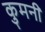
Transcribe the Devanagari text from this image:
कुमनी